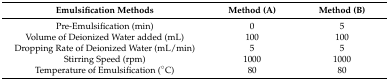
| Emulsification Methods | Method (A) | Method (B) |
 | --- | --- | --- |
 | Pre-Emulsification (min) | 0 | 5 |
 | Volume of Deionized Water added (mL) | 100 | 100 |
 | Dropping Rate of Deionized Water (mL/min) | 5 | 5 |
 | Stirring Speed (rpm) | 1000 | 1000 |
 | Temperature of Emulsification (°C) | 80 | 80 |